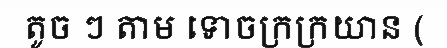
តូច ៗ តាម ទោចក្រក្រយាន (